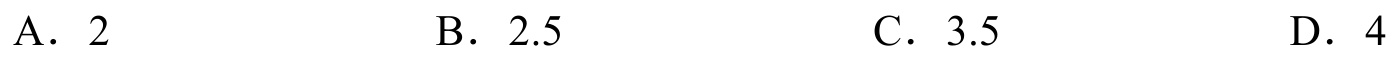
A. \(2\)
B. \(2.5\)
C. \(3.5\)
D. \(4\)